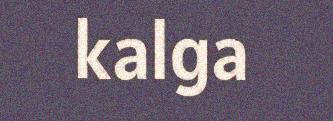
kalga